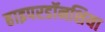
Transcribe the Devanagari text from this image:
हाइपरडॉनशिया